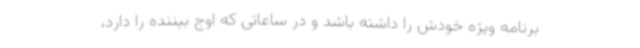
برنامه‌ ویژه خودش را داشته باشد و در ساعاتی که اوج بیننده را دارد،